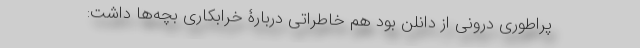
پراطوری درونی از دانلن بود هم خاطراتی دربارۀ خرابکاری بچه‌ها داشت: